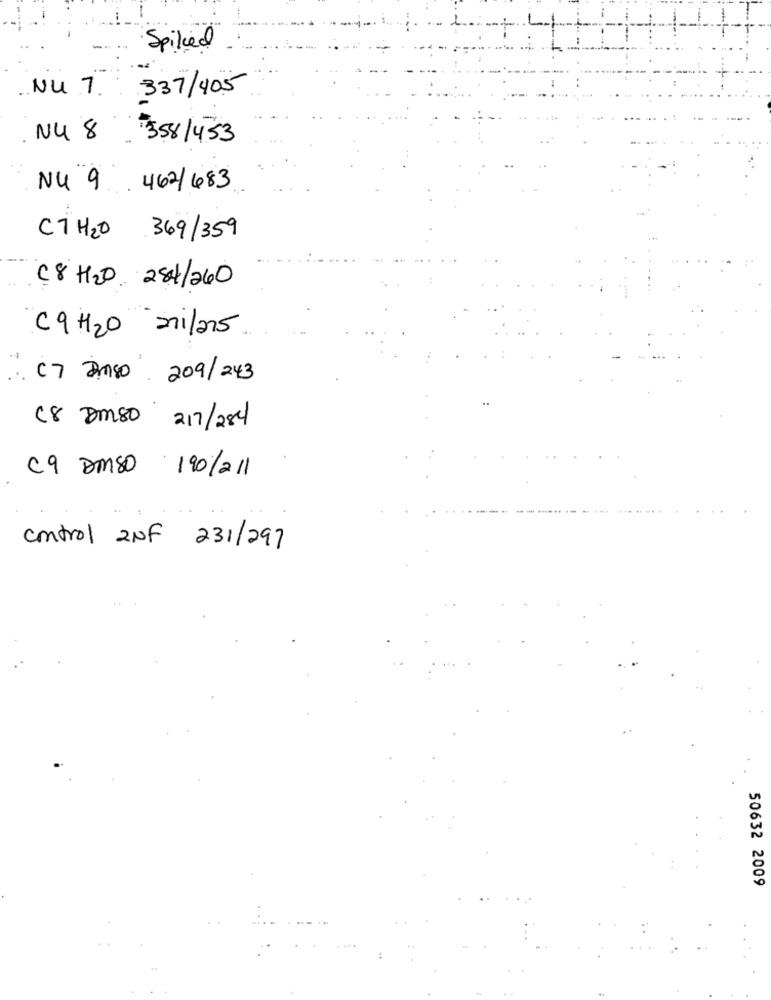
Spiked
NU.7. 337/405
N4 8 358/453
NU 9 462/683
CTH20 369/359
C8 H2O 284/240
C9H20 anila15
: 07 AMso 209/243
C8 Dm80 217/284
C9 DIAS0 190/2/1
control 2NF 231/297
50632 2009